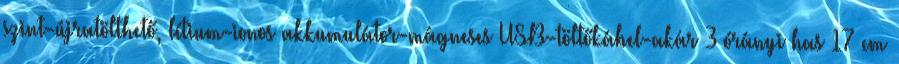
szint-újratölthető, lítium-ionos akkumulátor-mágneses USB-töltőkábel-akár 3 órányi has 17 cm